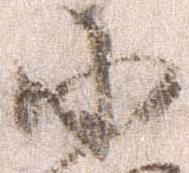
小